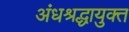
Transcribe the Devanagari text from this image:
अंधश्रद्धायुक्त